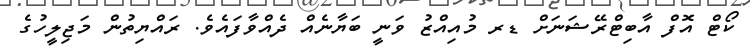
ކޯޓް އޮފް އާބިޓްރޭޝަނަށް ޑރ މުއިއްޒު ވަނީ ބަޔާނެއް ދެއްވާފައެވެ. ރައްޔިތުން މަޖިލީހުގެ